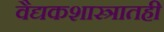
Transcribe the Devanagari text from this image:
वैद्यकशास्त्रातही